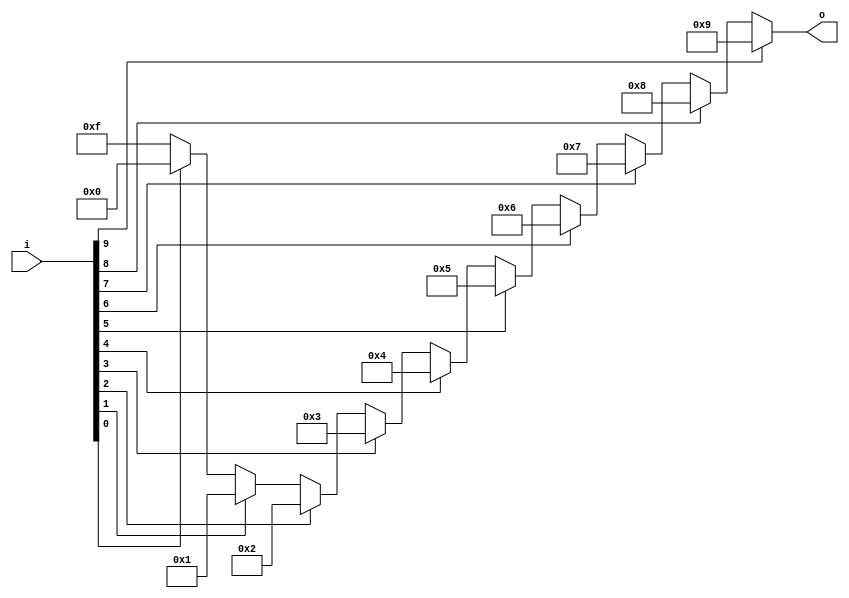
// 10-Line to 4-Line BCD Priority Encoder
// Based on Texas Instrument CD40147B datasheet
// This example uses continuous assignment

module cd40147_assign (
    input wire [9:0] i,
    output wire [3:0] o
);

assign o = i[9] ? 4'b1001 : // 9
           i[8] ? 4'b1000 : // 8
           i[7] ? 4'b0111 : // 7
           i[6] ? 4'b0110 : // 6
           i[5] ? 4'b0101 : // 5
           i[4] ? 4'b0100 : // 4
           i[3] ? 4'b0011 : // 3
           i[2] ? 4'b0010 : // 2
           i[1] ? 4'b0001 : // 1
           i[0] ? 4'b0000 : // 0
           4'b1111;
    
endmodule